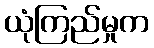
ယုံကြည်မှုက